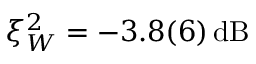
\xi _ { W } ^ { 2 } = - 3 . 8 ( 6 ) \, \mathrm { d B }